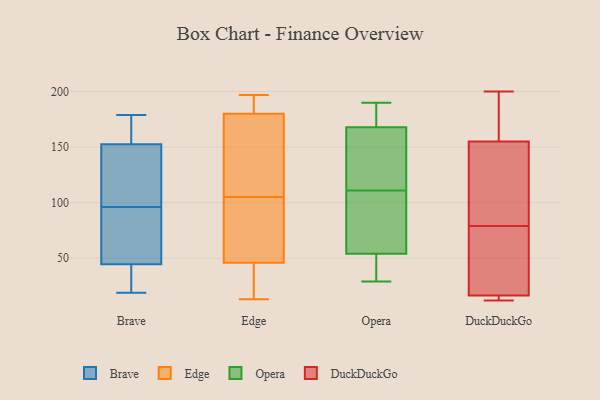
{"axis": {"x": "Production Output", "y": "Value"}, "legend": ["Brave", "DuckDuckGo", "Edge", "Opera"], "data": [{"x": "", "y": 19, "type": "Brave"}, {"x": "", "y": 124, "type": "Brave"}, {"x": "", "y": 36, "type": "Brave"}, {"x": "", "y": 165, "type": "Brave"}, {"x": "", "y": 96, "type": "Brave"}, {"x": "", "y": 25, "type": "Brave"}, {"x": "", "y": 64, "type": "Brave"}, {"x": "", "y": 171, "type": "Brave"}, {"x": "", "y": 48, "type": "Brave"}, {"x": "", "y": 103, "type": "Brave"}, {"x": "", "y": 96, "type": "Brave"}, {"x": "", "y": 140, "type": "Brave"}, {"x": "", "y": 179, "type": "Brave"}, {"x": "", "y": 174, "type": "Brave"}, {"x": "", "y": 96, "type": "Brave"}, {"x": "", "y": 41, "type": "Brave"}, {"x": "", "y": 13, "type": "Edge"}, {"x": "", "y": 17, "type": "Edge"}, {"x": "", "y": 192, "type": "Edge"}, {"x": "", "y": 142, "type": "Edge"}, {"x": "", "y": 197, "type": "Edge"}, {"x": "", "y": 158, "type": "Edge"}, {"x": "", "y": 102, "type": "Edge"}, {"x": "", "y": 103, "type": "Edge"}, {"x": "", "y": 40, "type": "Edge"}, {"x": "", "y": 105, "type": "Edge"}, {"x": "", "y": 176, "type": "Edge"}, {"x": "", "y": 197, "type": "Edge"}, {"x": "", "y": 48, "type": "Edge"}, {"x": "", "y": 168, "type": "Opera"}, {"x": "", "y": 54, "type": "Opera"}, {"x": "", "y": 176, "type": "Opera"}, {"x": "", "y": 139, "type": "Opera"}, {"x": "", "y": 46, "type": "Opera"}, {"x": "", "y": 29, "type": "Opera"}, {"x": "", "y": 74, "type": "Opera"}, {"x": "", "y": 149, "type": "Opera"}, {"x": "", "y": 83, "type": "Opera"}, {"x": "", "y": 190, "type": "Opera"}, {"x": "", "y": 12, "type": "DuckDuckGo"}, {"x": "", "y": 200, "type": "DuckDuckGo"}, {"x": "", "y": 17, "type": "DuckDuckGo"}, {"x": "", "y": 13, "type": "DuckDuckGo"}, {"x": "", "y": 93, "type": "DuckDuckGo"}, {"x": "", "y": 139, "type": "DuckDuckGo"}, {"x": "", "y": 196, "type": "DuckDuckGo"}, {"x": "", "y": 28, "type": "DuckDuckGo"}, {"x": "", "y": 40, "type": "DuckDuckGo"}, {"x": "", "y": 145, "type": "DuckDuckGo"}, {"x": "", "y": 153, "type": "DuckDuckGo"}, {"x": "", "y": 65, "type": "DuckDuckGo"}, {"x": "", "y": 15, "type": "DuckDuckGo"}, {"x": "", "y": 161, "type": "DuckDuckGo"}, {"x": "", "y": 16, "type": "DuckDuckGo"}, {"x": "", "y": 157, "type": "DuckDuckGo"}]}